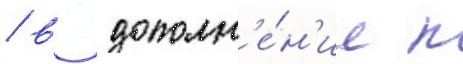
/ в дополн'е́н'ие к